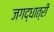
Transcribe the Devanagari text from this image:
जगद्‌धात्री